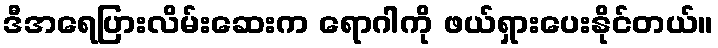
ဒီအရေပြားလိမ်းဆေးက ရောဂါကို ဖယ်ရှားပေးနိုင်တယ်။